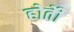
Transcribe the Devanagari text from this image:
होतेी